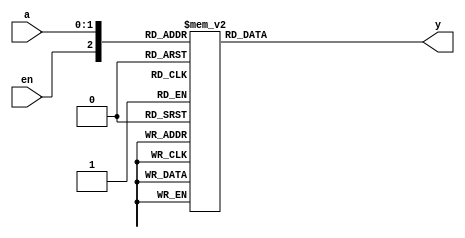
module decoder_2_4_case(
input wire [1:0] a,
input wire en,
output reg[3:0] y
);
always @*
	case({en,a})
		3'b000, 3'b001, 3'b010, 3'b011: y= 4'b0000;
		3'b100: y=4'b0001;
		3'b101: y=4'b0010;
		3'b110: y=4'b0100;
		3'b111: y=4'b1000;
	endcase
endmodule
module testbench();
reg [1:0] test_in;
reg enl;
wire [3:0] test_out;
decoder_2_4_case uut(.a(test_in),.en(enl),.y(test_out));
initial
	begin
		enl=0; test_in=2'b00;
		#200;
		enl=1; test_in=2'b00;
		#200;
		enl=1; test_in=2'b10;
		#200;
		enl=1; test_in=2'b01;
		#200;
		enl=1; test_in=2'b11;
		#200;
		enl=0; test_in=2'b01;
		#200;
		$stop;
	end
endmodule